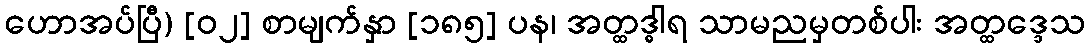
ဟောအပ်ပြီ) [၀၂] စာမျက်နှာ [၁၈၅] ပန၊ အတ္ထဒ္ဓါရ သာမညမှတစ်ပါး အတ္ထဒ္ဒေသ